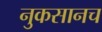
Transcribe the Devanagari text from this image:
नुकसानच